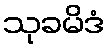
သုခမိဒံ